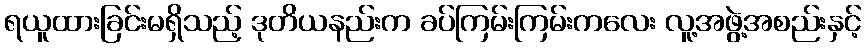
ရယူထားခြင်းမရှိသည့် ဒုတိယနည်းက ခပ်ကြမ်းကြမ်းကလေး လူ့အဖွဲ့အစည်းနှင့်